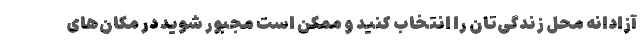
آزادانه محل زندگی‌تان را انتخاب کنید و ممکن است مجبور شوید در مکان‌های